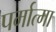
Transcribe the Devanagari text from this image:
पर्मात्मा